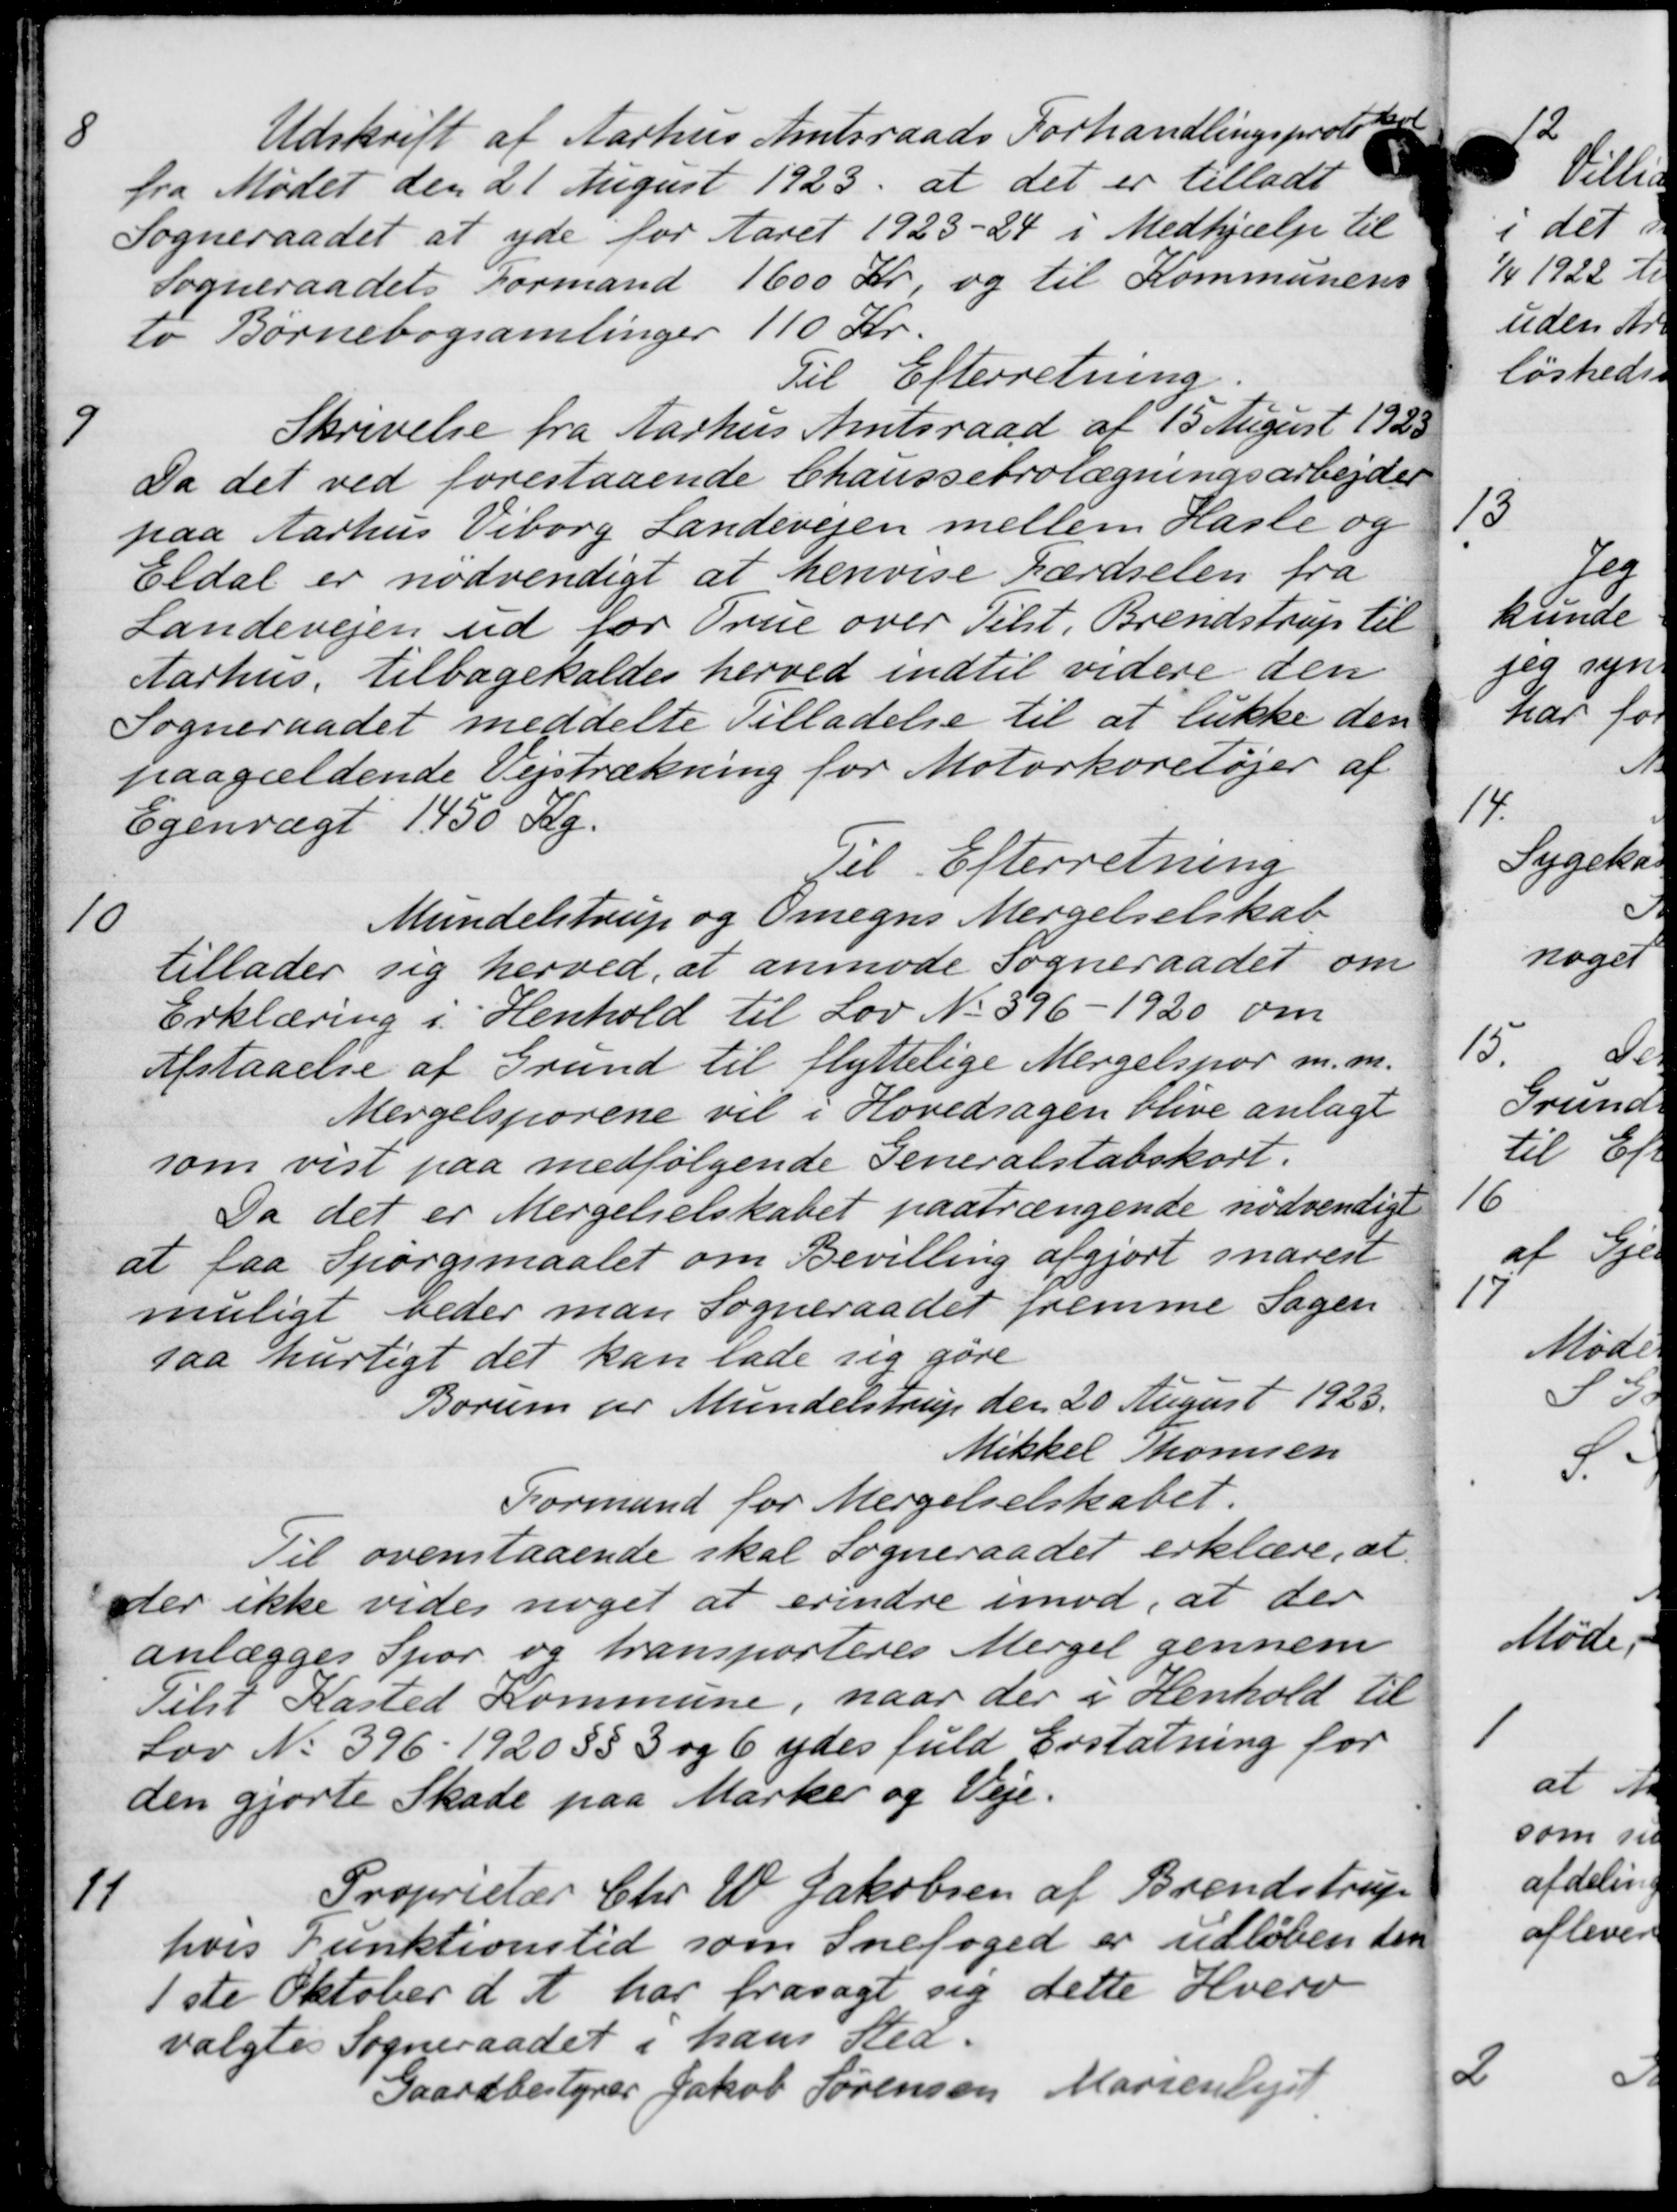
Transskription:
8
Udskrift af Aarhus Amtsraads Forhandlingsprotoko
fra Mødet den 21 August 1923 at det er tilladt
Sogneraadet at yde for Aaret 1923-24 i Medhjælp til
Sogneraadets Formand 1600 Kr, og til Kommunens
to Børnebogsamlinger 110 Kr.
Til Efterretning
9
Skrivelse fra Aarhus Amtsraad af 15 August 1923
Da det ved forestaaende Chaussebrolægningsarbejder
paa Aarhus Viborg Landevejen mellem Hasle og
Eldal er nødvendigt at henvise Færdselen fra
Landevejen ud for True over Tilst. Brendstrup til
Aarhus, tilbagekaldes herved indtil videre den
Sogneraadet meddelte Tilladelse til at lukke den
paagældende Vejstrækning for Motorkøretøjer af
Egenvægt 1450 Kg.
Til Efterretning
10
Mundelstrup og Omegns Mergelselskab
tillader sig herved, at anmode Sogneraadet om
Erklæring i Henhold til Lov No. 396-1920 om
Afstaaelse af Grund til flyttelige Mergelspor m.m.
Mergelsporene vil i Hovedsagen blive anlagt
som vist paa medfølgende Generalstabskort.
Da det er Mergelselskabet paatrængende nødvendigt
at faa Spørgsmaalet om Bevilling afgjort snarest
muligt beder man Sogneraadet fremme Sagen
saa hurtigt det kan lade sig gøre
Borum for Mundelstrup den 20 August 1923.
Mikkel Thomsen
Formand for Mergelselskabet.
Til ovenstaaende skal sogneraadet erklære, at
der ikke vides noget at erindre imod, at der
anlægges Spor og transporteres Mergel gennem
Tilst Kasted Kommune, naar der i Henhold til
Lov No 396- 1920 §§ 3 og 6 ydes fuld Erstatning for
den gjorte Skade paa Marker og Veje.
11.
Proprietær Chr W. Jakobsen af Brendstrup
hvis Funktionstid som Snefoged er udløben den
1ste Oktober d. A. har frasagt sig dette Hverv
valgtes Sogneraadet i hans Sted.
Gaardbestyrer Jakob Sørensen Marienlejet